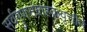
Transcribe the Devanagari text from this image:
सर्वगुणसंग्राहकवृत्तीने